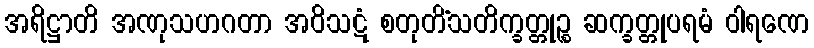
အရိဋ္ဌာတိ အဏုသဟဂတာ အဝိသဋံ စတုတိံသတိက္ခတ္တုဉ္စ ဆက္ခတ္တုပရမံ ဝါရဏေ